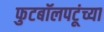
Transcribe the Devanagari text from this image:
फुटबॉलपटूंच्या